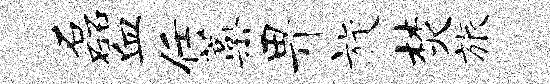
磊血任蒿畀旋焚旅